Statistical return of the lunatic asylum in Assam - 1912-1932
Year: 1912
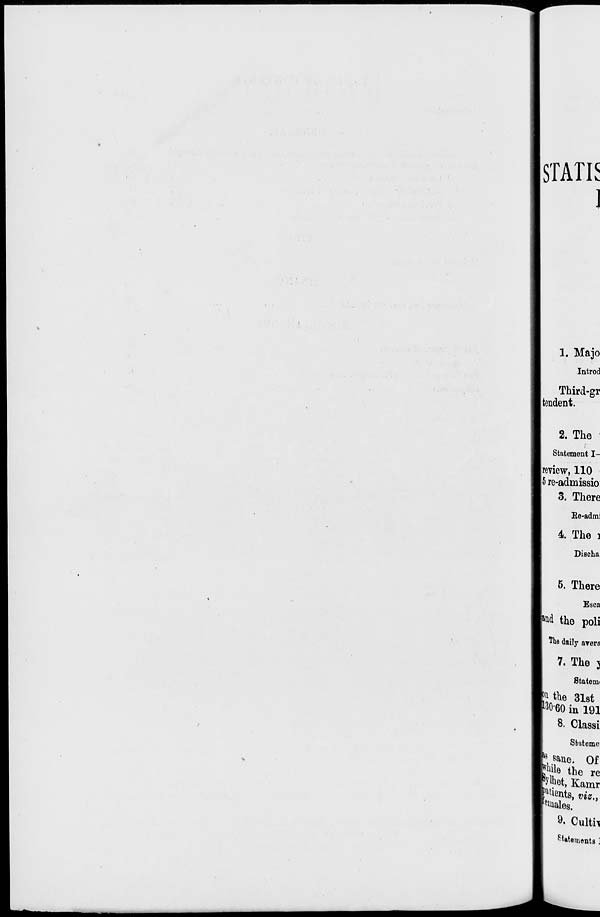
STATIS
]
1. Majo
Introd
Third-gr
tendon t.
2. The
Statement I-
review, 110
5 re-admissio
3. There
Re-admi
1 The i
Discha
5. There
Esca
f& the poli
The daily avera
7. The 3
Statem(
5 the 31st
l3 H0 in 191
8. Classi
Siatome:
, sane. Of
fih the re
pH Kamr
rients, t>t*„
'•toales.
®. Oultii
^atements ]